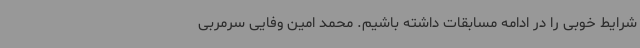
شرایط خوبی را در ادامه مسابقات داشته باشیم. محمد امین وفایی سرمربی